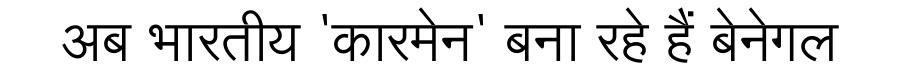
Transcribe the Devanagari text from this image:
अब भारतीय 'कारमेन' बना रहे हैं बेनेगल